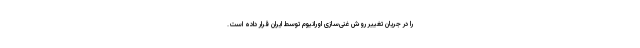
را در جریان تغییر روش غنی‌سازی اورانیوم توسط ایران قرار داده است.